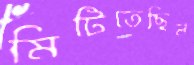
মিটিতেছিল